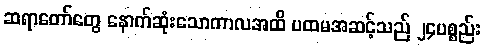
ဆရာတော်တွေ နောက်ဆုံးသောကာလအထိ ပထမအဆင့်သည် ၂၄ပစ္စည်း